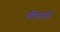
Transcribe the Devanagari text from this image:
पीपलगोन